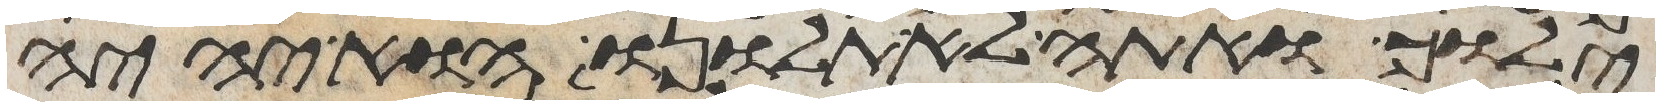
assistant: ילוך ואתה לא תלונו הוא יהיה